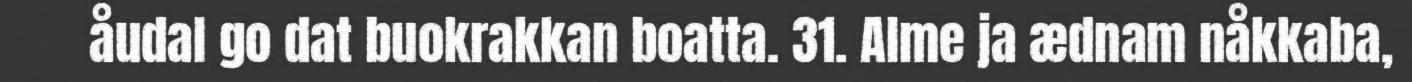
åudal go dat buokrakkan boatta. 31. Alme ja ædnam nåkkaba,